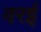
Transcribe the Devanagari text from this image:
वरई